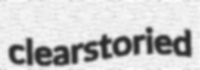
clearstoried